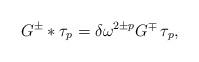
LaTeX: \begin{align*}G^\pm * \tau_p = \delta\omega^{2\pm p}G^\mp\,\tau_p ,\end{align*}